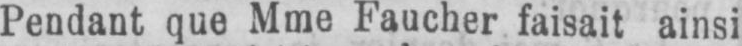
Pendant que Mme Faucher faisait ainsi